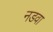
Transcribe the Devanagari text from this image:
नडवा